Vaccination in Bombay 1869-1873 - 1869-1873
Year: 1869
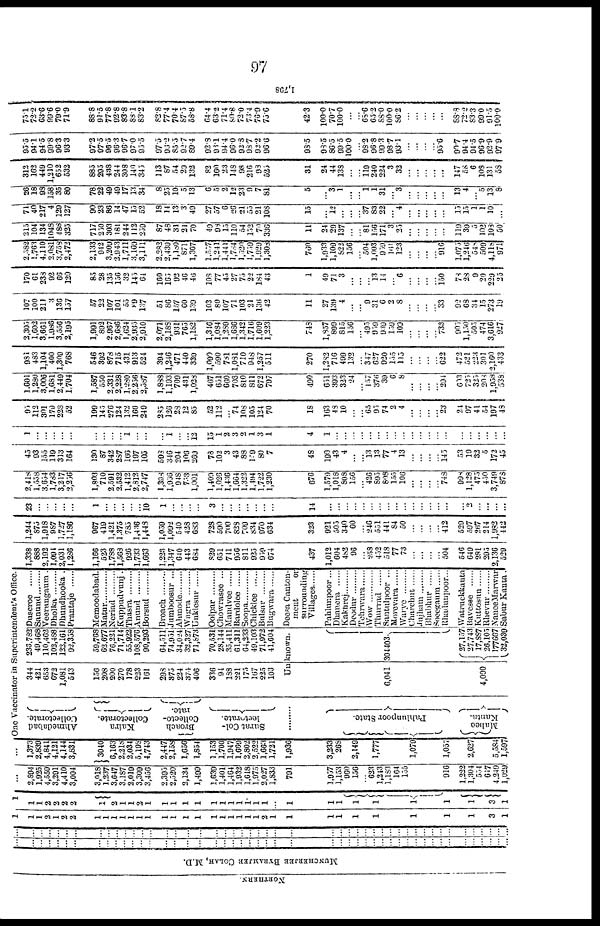
97
NORT HE RN. MUNCHE RJE
E BYRAMJE H COLAH, M. D.
...
...
...
...
... ...
...
...
...
...
...
...
...
...
...
...
...
...
...
...
...
...
...
...
...
...
...
...
...
...
...
... ...
...
...
...
...
...
...
...
...
...
...
...
...
...
...
...
...
...
...
...
... ...
...
...
...
...
...
...
...
...
...
...
...
...
...
...
...
...
...
...
...
...
...
...
...
...
...
... ...
...
...
...
...
...
...
...
...
...
...
...
...
...
...
...
1
1
1
2
1
2
2
1
1
1 1
1
1
1
1
1
1
1
1
1
1
1
1
1
2
1
1
1
1
1
1
1
1
1
3
1
1
1
1
2
2 2
2
1
2
1 l
2
1
1
1
1
1
1
1
1
1
1
1
1
...
1
1
1
1
1
1
1
1
3
1
...
2,894
l,925
4,559
3,291
4,410
3,004
3,018
1,237
3,647 3,187
2,019
3,309 3,456
2,395
2,520
2,134
1,499
1,639
1,401
1464 1,932
1,618
l,975
2,027
1,833
791
1,957
l,l53
960
156
... 623
1,213
1,183
164
155
916
1,222
1,304
554
617
4,249
1,029
...
1,373
2,839
4,841
4,121
4,144
3,831
3040
6,163
2,218
2,034
5,198
4,743
2,447
2,158
1,656
1,854
1,153
1,700
1,947 1,669
2,802
2,522
1,663
1,721
1,936
3,233
268
2,149
1,777
1,079
1,057
2,627
5,584
1,597
One Vaccinator in Superitendent's Office.
Ahmedabad
Collectorate.
Kaira
Collectorate.
Broach
Collecto-
rate
Surat Col-
lectorate.
.........
Pa hl unpoor St at e.
Mahee
Kanta.
344
421
653
672
1,081
543
156
208
200
270
178
223
161
298
875
224
374
406
336
94
188
221
175
167
225
103
236,782
49,468
110,462
102,488
122,161
92,358
59,768
62,677
76,221
71,714
55,922
108,576
90,293
64,511
74,951
34,024
32,327
71,873
70,531
28,144
35,411
61,311
64,233
49,103
71,972
41,604
Unknown.
6,041
4,000
304403
27,157
27,743
17,887
26,105
177667
32,039
Duseroe
Sanund
Veerungaum .
Dholka
Dhundhooka .
Prantaje
Memoodabad.
Matur
Neriad
Kuppudvunj .
Thasra
Anund
Borsud
Broach
Juraboosur ...
Ahmode
Wagra
Unklesur
Oolpar
Chowrasee ...
Mandvee ......
Bardolee
Soopa
Chicklee
Bulsar
Bugwara
Deesa Canton-
ment
or
surrounding
Villages......
Pahlunpoor...
Dhanera
Kakhrej
Deodur
Tehrwara
Wow .........
Thmrrad
Santulpoor ...
Morevara
Warye
Charchut ......
Jujham
Bhabhur
Soeegaum
Rhadunpoor...
Watruckkauta
Bavesee ......
Kuttosun
Rhevur
NaneeMarwar
Sabur Kanta.
1,338
888
2,192
1,094
2,031
1,286
1,166
523
1,788
1,568
926
1,733
1,663
1,233
1,347
640
443
684
829
651
711
956
811
925
959
674
437
1,012
604
482
96
...
258
452
518
77
73
...
...
...
... 504
546
649
281
295
2,136
529
1,244
875
1,918
987
1,727
1,186
967
419
1,421
1,375
785
1,436
1,448
1,059
1,092
540
428
683
728
590
700
828
709
834
970
634
323
921
505
340
60
...
246
551
441
84
50
...
...
...
... 412
529
597
267
214
1,982
442
23
...
...
... ...
...
1
...
...
...
...
...
...
1
...
...
... ...
3
...
...
...
...
...
...
...
14
...
...
...
...
... ...
...
...
...
...
...
...
...
...
...
...
2
...
...
...
...
2,418
1,558
3,654
1,783
3,217
2,256
1,803
710
2,591
2,532
1,412
2,812
2,747
1,398
1,936
948
703
1,001
1,409
1,026
1,436
1,664
1,322
1,494
1,722
1,230
676
1,579
1,018
808
156
...
426 895
808
155
106
...
...
...
... 748
998
1,128
475
450
3,749
878
45
93
155
119
313
164
130
87
342
287
166
197
105
598
346
204
106
269
78
102
3
43
88
109
80
7
48
190
43
4
... ...
13 13
77
4
13
...
...
...
... 145
53
19
32
5
172
45
1
...
...
... ...
...
...
...
...
... 1
...
...
...
1
...
... 12
15
1
2
3
2
1
3
1
4
1
...
...
...
...
...
...
...
...
...
...
...
...
...
...
...
...
...
...
...
...
95
112
301
179
228
52
199
145
276
124
132
160
249
285
126
23
12
85
52
112
... 74
108
105
124
70
18
163
48
10
...
...
65 95
74
2
4
...
...
...
... 23
24
97
41
54
197
48
1,601
1,280
3,006
1,681
2,449
1,704
1,587
550
2,331
2,238
1,280
2,256
2,587
1,888
1,193
709
431
1,028
467
651
660
703
810
811
672
797
490
651
393
323
24
...
157 376
39
6
8
...
...
...
... 294
603
725
335
200
1,953
538
981
483
1,104
400
1,309
768
546
392
878
715
431
913
524
394
1,246
471
440
339
1,090
590
781
1,081
710
948
1,257
511
270
1,282
716
499
132
...
347 627 920
155
115
...
...
...
... 622
472
521
223
301
2,160
433
2,305
1,602
3,661
1,986
3,556
2,195
1,991
892
2,967
2,686
1,624
2,935
2,910
2,071
2,188
931
765
1,182
1,346
1,084
1,289
1,686
1,342
1,716
1,609
1,223
748
1,857
899
815
156
...
495
909 939
159
109
...
...
...
... 733
905
1,150
505
474
3,616
927
107
100
211
3
136
157
57
22
107
101
55
89
137
51
86
157
60
139
103
80
107
71
103
21
136
42
11
27
139
4
... ...
31
31 6
2
8
...
...
...
...
33
92
68
34
15
273
19
170
61
238
92
66
120
85
28
135
156
32
145
64
160
165
92
46
46
108
77
45
27
75
22
184
43
1
49
71
3
...
...
13
13
14
... 6
...
...
...
...
150
78
28
9
20
229
25
2,582
1,763
4,110
2,081
3,758
2,472
2,133
942
3,209
2,943
1,711
3,169
3,111
2,282
2,439
l,l80
871
1,367
1,557
1,241
1,441
1,784
1,520
1,759
1,929
1,303
760
1,933
1,109
822
156
...
504
1,003 909
161
123
...
...
...
... 916
1,075
1,246
548
509
4,118
971
215
104
134
1048
488
325
717
250
303
181
244
112
259
87
48
31
21 70
49
90
15
110
54
152
70
336
11
24
29
137
...
...
81
156 171
3
25
...
...
...
...
...
119
39
5
102
108
50
71
40
217
4
129
127
90
23
86
14
47
15
52
18
14
13
3
49
27
57
6
26
21
55
21
108
15
...
12
...
...
... 37
83
22
...
4
...
...
...
...
...
15
15
1
1
1 0
...
26
18
98
158
35
80
78
22
49
49
17
13
34
8
25
10
5
13
6
5
2
12
23
9
7
81
5
...
3
...
...
...
1
1
31
...
3
...
...
...
...
...
13
4
...
5
13
8
312
162
449
1,210
652
532
885
295
433
244
308
149
345
113
87
54
29
132
82
160
23
148
98
216
98
525
31
24
44
138
...
...
119
240 224
3
32
...
...
...
...
...
147
58
6
108
131
58
95.5
94.1
94.5
99.8
96.3
93.3
97.2
97.5
96.5
96.3
96.7
97.0
95.5
97.5
95.2
85.5
92.7 89.4
92.8
93.1 94.4
96.0
92.8
98.7
92.2
96.0
93.5
93.5
86.5
99.5
100.0
...
98.2
96.8 99.3
98.7
93.1
...
...
...
95.6
...
90.7
94.4
94.5
96.9
92.9
97.9
75.1
72.2
63.6
99.6
79.0
71.9
88.8
91.5
77.8
92.8
83.8
88.1
83.2
82.8
77.4
70.4
87.5 58.8
64.4
63.2
71.4
80.8
72.0
73.4 76.9
75.6
42.3
100.0
70.7
100.0
...
...
65.6
65.2
88.0
100.0
86.2
...
...
...
...
...
88.8
72.2
83.3
99.0 91.5
100.0
1, 708